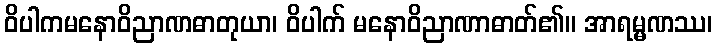
ဝိပါကမနောဝိညာဏဓာတုယာ၊ ဝိပါက် မနောဝိညာဏာဓာတ်၏။ အာရမ္မဏဿ၊